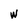
Character: w